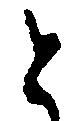
と